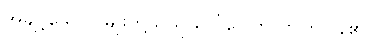
အချို့ သောလူမျိုးတို့သည် ပေါ်ပေါက်လာကြပြန်၏။